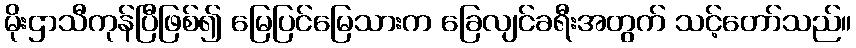
မိုးဌာသီကုန်ပြီဖြစ်၍ မြေပြင်မြေသားက ခြေလျင်ခရီးအတွက် သင့်တော်သည်။